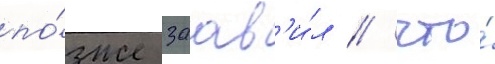
по́зже заав'и́л / что́